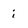
Character: i